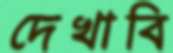
দেখাবি